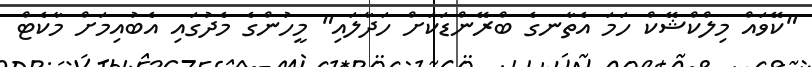
"ކޭވައް މިލްކްޝޭކް ހަމަ އެތާނގެ ބްރޭންޑަކަށް ހަދާލައި" މީހުންގެ މެދުގައި އެބުއިމަށް މާކެޓް